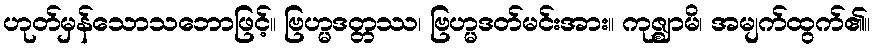
ဟုတ်မှန်သောသဘောဖြင့်။ ဗြဟ္မဒတ္တဿ၊ ဗြဟ္မဒတ်မင်းအား။ ကုဇ္ဈာမိ၊ အမျက်ထွက်၏။